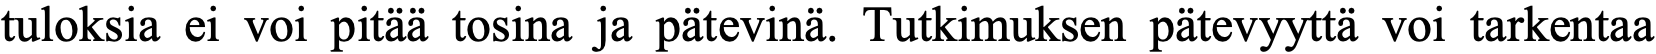
tuloksia ei voi pitää tosina ja pätevinä. Tutkimuksen pätevyyttä voi tarkentaa